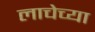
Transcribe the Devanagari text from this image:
लाचेच्या